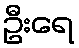
ဦးရေ